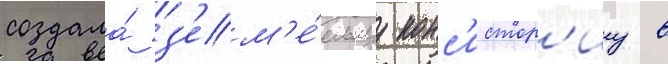
создала́ з'ем'е́льнуу конс'истор'иу в